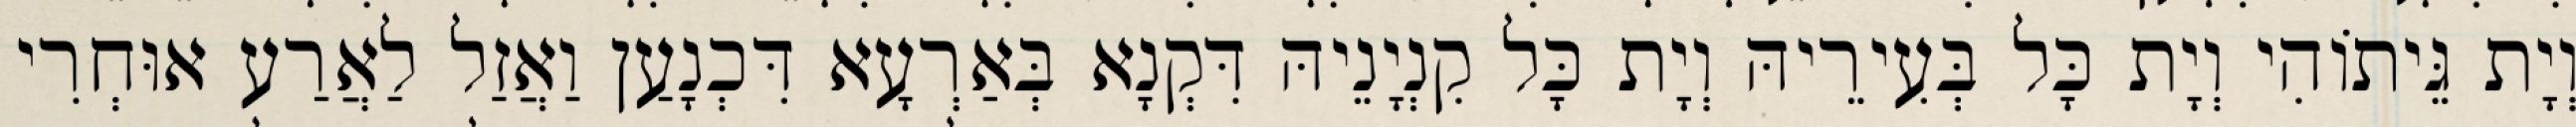
וְיָת גֵּיתוֹהִי וְיָת כָּל בְּעִירֵיהּ וְיָת כָּל קִנְיָנֵיהּ דִּקְנָא בְּאַרְעָא דִּכְנָעַן וַאֲזַל לַאֲרַע אוּחְרִי